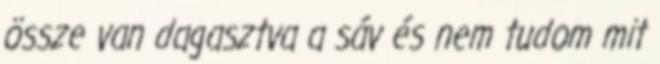
össze van dagasztva a sáv és nem tudom mit